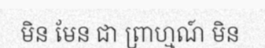
មិន មែន ជា ព្រាហ្មណ៍ មិន